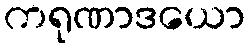
ကရုဏာဒယော